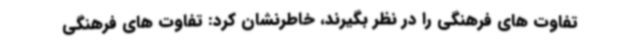
تفاوت های فرهنگی را در نظر بگیرند، خاطرنشان کرد: تفاوت های فرهنگی